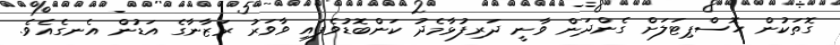
ގޮތަކުން ހޮސްޕިޓަލަށް ގެންދަން ވާނީ ދަރިފުޅާމެދު ކަންބޮޑުވެފައި ވާވަރު ރަޒާނާގެ އަޑުން އެނގެއެވެ.